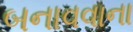
બનાવવાના